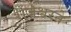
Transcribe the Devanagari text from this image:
राजेश्वरने